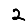
Digit: 2